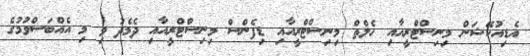
އެޑިއުކޭޝަން މިނިސްޓްރީއާއި ހެލްތް މިނިސްޓްރީއާއި ޑިފެންސް މިނިސްޓްރީއާއި ދެމެދު ވި މި އެއްބަސްވުމުގެ